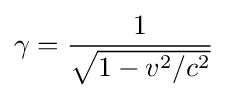
\gamma ={\frac {1}{\sqrt {1-v^{2}/c^{2}}}}